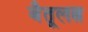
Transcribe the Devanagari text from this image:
बैतूलत्न